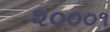
૨૦૦૦૧